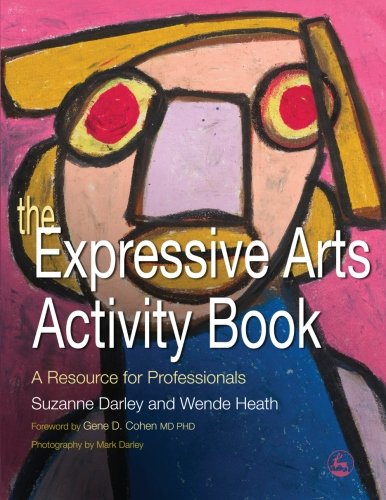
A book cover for The Expressive Arts Activity Book: A Resource for Professionals; Suzanne Darley; Medical Books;